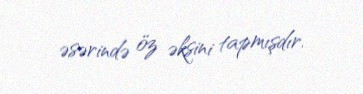
əsərində öz əksini tapmışdır.